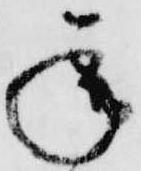
承